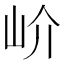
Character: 𡵚